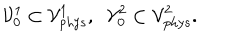
{ \cal V } _ { 0 } ^ { 1 } \subset { \cal V } _ { \mathrm { p h y s } } ^ { 1 } , \; \; { \cal V } _ { 0 } ^ { 2 } \subset { \cal V } _ { \mathrm { p h y s } } ^ { 2 } .